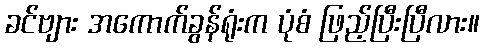
ခင်ဗျား အကောက်ခွန်ရုံးက ပုံစံ ဖြည့်ပြီးပြီလား။